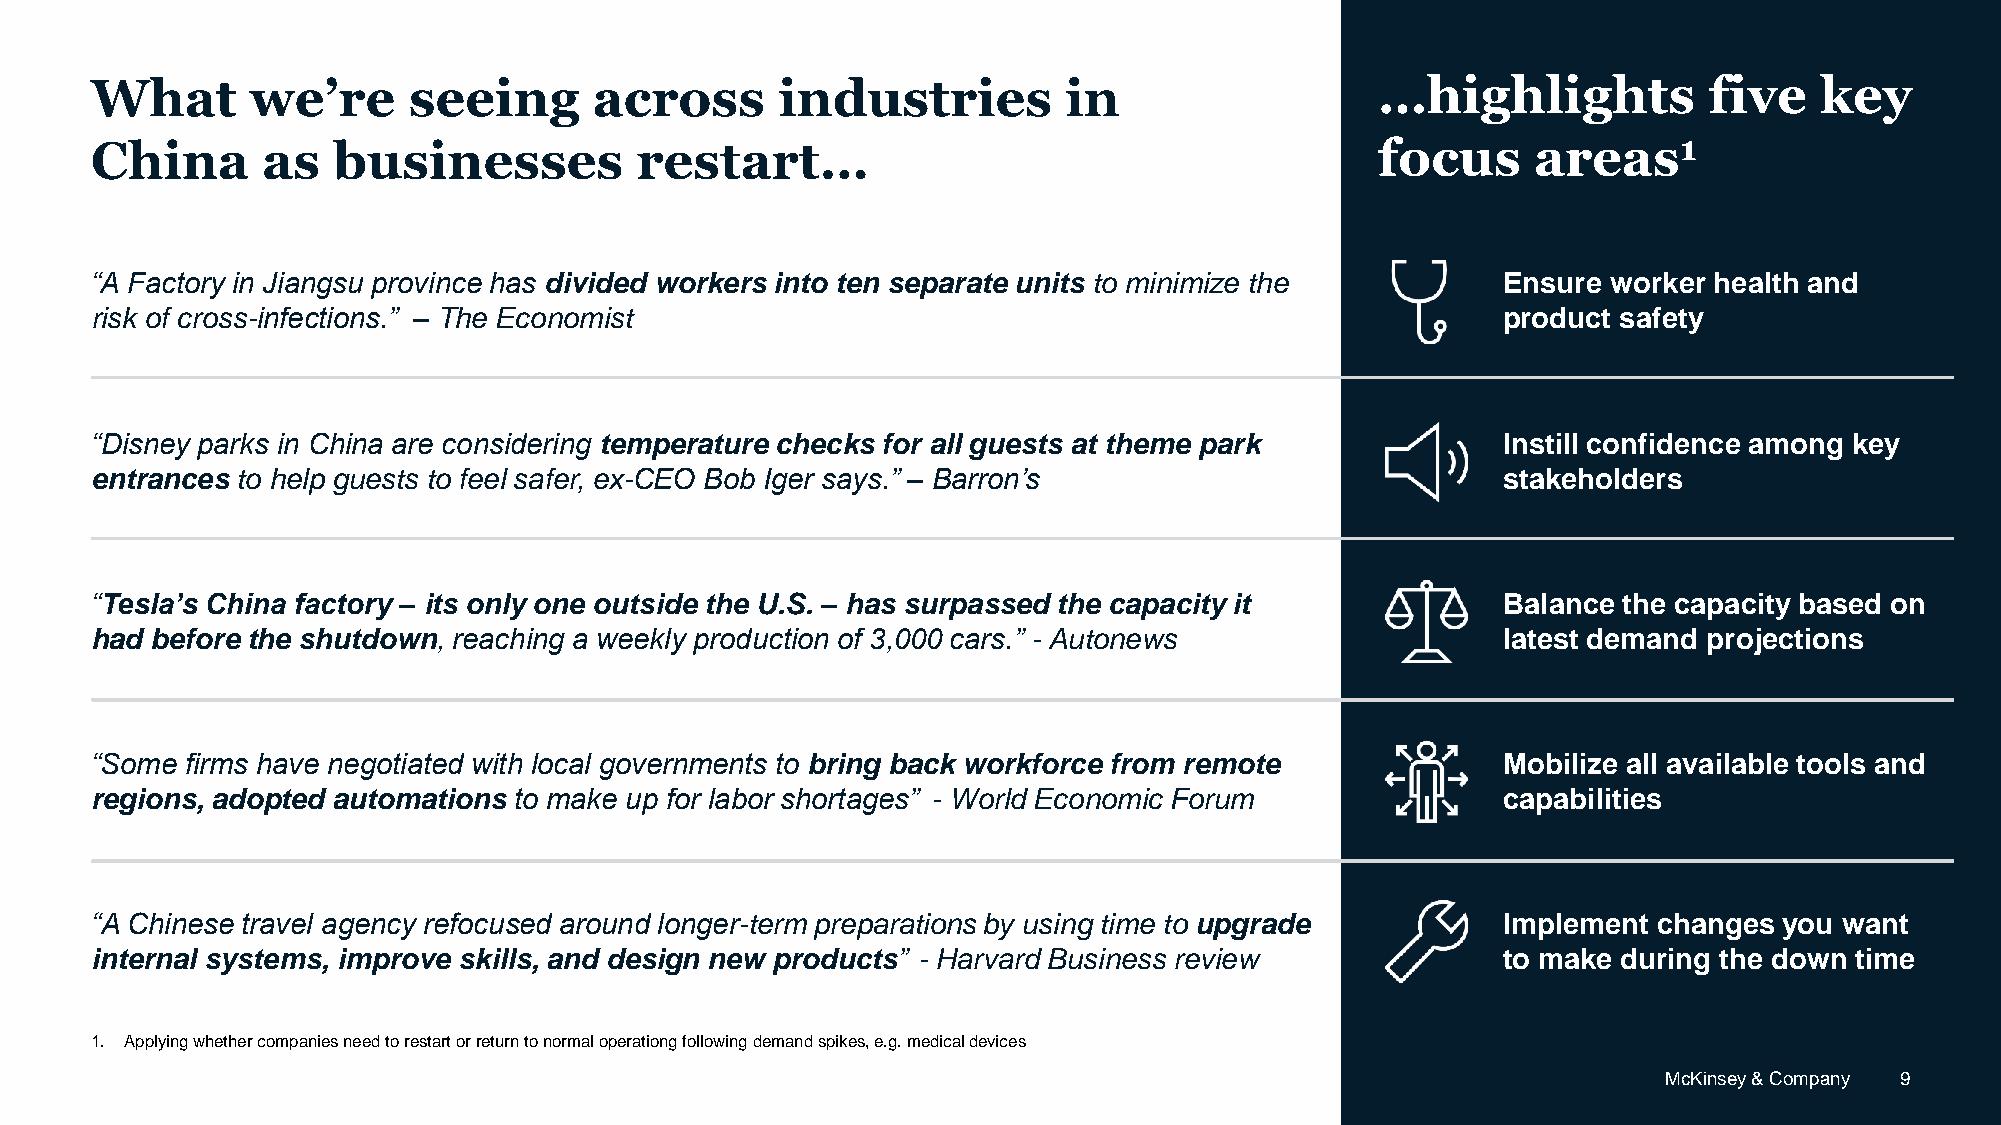
What       we’re     seeing      across       industries        in                   …highlights           five   key
 China      as   businesses          restart…                                         focus      areas1
 “A Factory in Jiangsu province has divided workers into ten separate units to minimize the   Ensure  worker health and
 risk of cross-infections.” – The Economist                                                   product safety
 “Disney parks in China are considering temperature checks for all guests at theme park       Instill confidence among key
 entrances to help guests to feel safer, ex-CEO Bob Iger says.” – Barron’s                    stakeholders
 “Tesla’s China factory – its only one outside the U.S. – has surpassed the capacity it       Balance the capacity based on
 had before the shutdown, reaching a weekly production of 3,000 cars.” - Autonews             latest demand projections
 “Some firms have negotiated with local governments to bring back workforce from remote       Mobilize all available tools and
 regions, adopted automations to make up for labor shortages” - World Economic Forum          capabilities
 “A Chinese travel agency refocused around longer-term preparations by using time to upgrade  Implement  changes you want
 internal systems, improve skills, and design new products” - Harvard Business review         to make during the down time
 1. Applying whether companies need to restart or return to normal operationg following demand spikes, e.g. medical devices
 McKinsey & Company 9